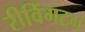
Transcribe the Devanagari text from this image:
रीविंगटन